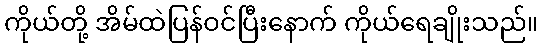
ကိုယ်တို့ အိမ်ထဲပြန်ဝင်ပြီးနောက် ကိုယ်ရေချိုးသည်။